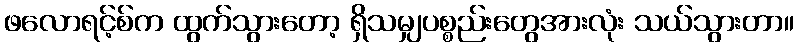
ဖလောရင့်စ်က ထွက်သွားတော့ ရှိသမျှပစ္စည်းတွေအားလုံး သယ်သွားတာ။